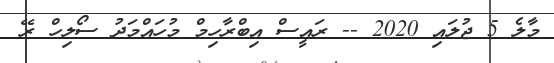
މާލެ 5 ޖުލައި 2020 -- ރައީސް އިބްރާހިމް މުހައްމަދު ސޯލިހް ރޭ